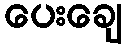
ပေးချေ